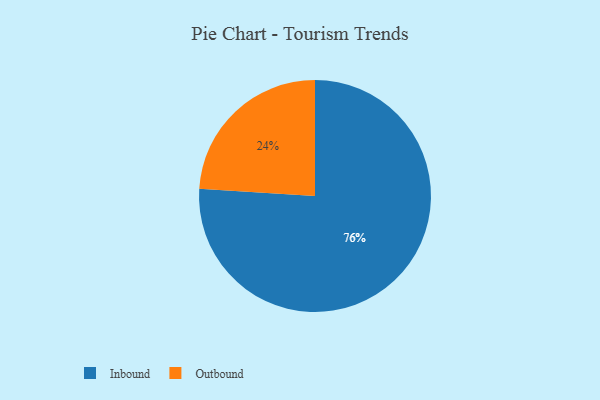
{"axis": {"x": "Category", "y": "Percentage"}, "legend": ["Inbound", "Outbound"], "data": [{"x": "Inbound", "y": 76, "type": "Inbound"}, {"x": "Outbound", "y": 24, "type": "Outbound"}]}